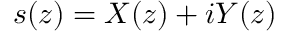
s ( z ) = X ( z ) + i Y ( z )